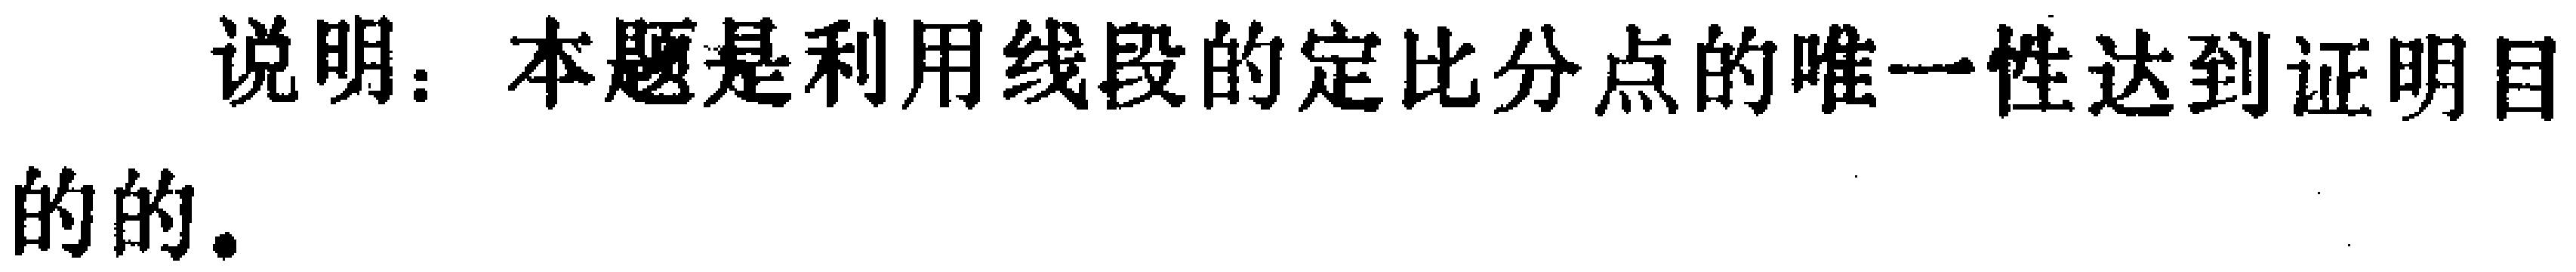
说明：本题是利用线段的定比分点的唯一性达到证明目的的。